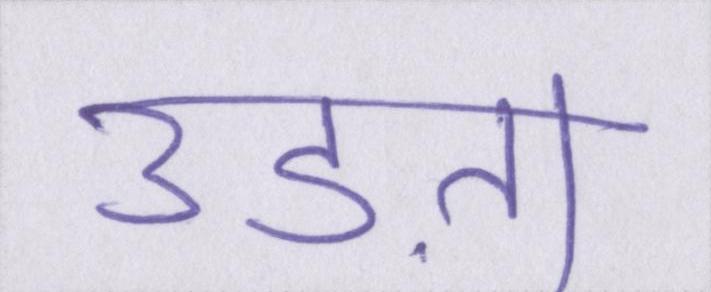
उड़ता